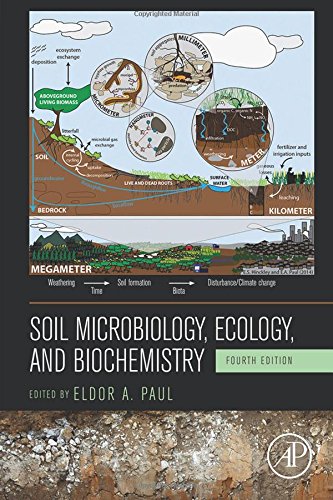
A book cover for Soil Microbiology, Ecology and Biochemistry, Fourth Edition; Eldor A. Paul; Science & Math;